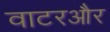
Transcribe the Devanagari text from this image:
वाटरऔर